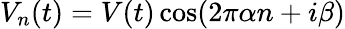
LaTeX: V_{n}(t)=V(t)\cos(2\pi\alpha n+i\beta)